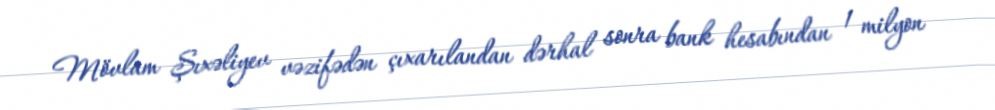
Mövlam Şıxəliyev vəzifədən çıxarılandan dərhal sonra bank hesabından 1 milyon